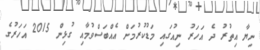
ނިޔާ އިތުރު ދެ އަހަރު ނިއުގައި މަޑުކުރުމަށް އެއްބަސްވުމާއި ގުޅިން 2015 އަހަރުގެ